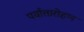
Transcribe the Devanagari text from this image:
पर्वातारोहण